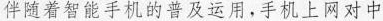
伴随着智能手机的普及运用，手机上网对中